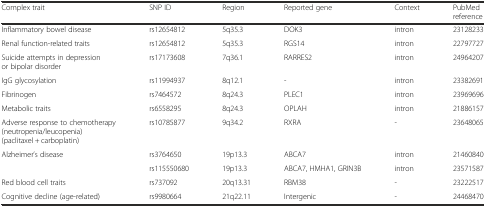
<table><thead><tr><td><b>Complex trait</b></td><td><b>SNP ID</b></td><td><b>Region</b></td><td><b>Reported gene</b></td><td><b>Context</b></td><td><b>PubMed reference</b></td></tr></thead><tbody><tr><td>Inflammatory bowel disease</td><td>rs12654812</td><td>5q35.3</td><td>DOK3</td><td>intron</td><td>23128233</td></tr><tr><td>Renal function-related traits</td><td>rs12654812</td><td>5q35.3</td><td>RGS14</td><td>intron</td><td>22797727</td></tr><tr><td>Suicide attempts in depression or bipolar disorder</td><td>rs17173608</td><td>7q36.1</td><td>RARRES2</td><td>intron</td><td>24964207</td></tr><tr><td>IgG glycosylation</td><td>rs11994937</td><td>8q12.1</td><td>-</td><td>intron</td><td>23382691</td></tr><tr><td>Fibrinogen</td><td>rs7464572</td><td>8q24.3</td><td>PLEC1</td><td>intron</td><td>23969696</td></tr><tr><td>Metabolic traits</td><td>rs6558295</td><td>8q24.3</td><td>OPLAH</td><td>intron</td><td>21886157</td></tr><tr><td>Adverse response to chemotherapy (neutropenia/leucopenia) (paclitaxel + carboplatin)</td><td>rs10785877</td><td>9q34.2</td><td>RXRA</td><td>-</td><td>23648065</td></tr><tr><td rowspan="2">Alzheimer’s disease</td><td>rs3764650</td><td>19p13.3</td><td>ABCA7</td><td>intron</td><td>21460840</td></tr><tr><td>rs115550680</td><td>19p13.3</td><td>ABCA7, HMHA1, GRIN3B</td><td>intron</td><td>23571587</td></tr><tr><td>Red blood cell traits</td><td>rs737092</td><td>20q13.31</td><td>RBM38</td><td>-</td><td>23222517</td></tr><tr><td>Cognitive decline (age-related)</td><td>rs9980664</td><td>21q22.11</td><td>Intergenic</td><td>-</td><td>24468470</td></tr></tbody></table>